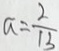
a = \frac { 2 } { 1 3 }